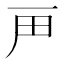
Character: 𬻉